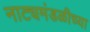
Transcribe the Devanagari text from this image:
नाट्यमंडळीच्या